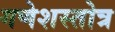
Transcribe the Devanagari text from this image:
गणेशस्तोत्र